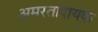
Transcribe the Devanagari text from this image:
अमरतादायक